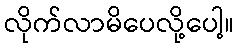
လိုက်လာမိပေလို့ပေါ့။